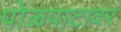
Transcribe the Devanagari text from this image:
पोळपाटावर